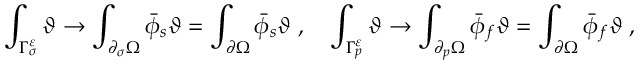
\int _ { \Gamma _ { \sigma } ^ { \varepsilon } } \vartheta \rightarrow \int _ { \partial _ { \sigma } \Omega } \bar { \phi } _ { s } \vartheta = \int _ { \partial \Omega } \bar { \phi } _ { s } \vartheta \; , \quad \int _ { \Gamma _ { p } ^ { \varepsilon } } \vartheta \rightarrow \int _ { \partial _ { p } \Omega } \bar { \phi } _ { f } \vartheta = \int _ { \partial \Omega } \bar { \phi } _ { f } \vartheta \; ,